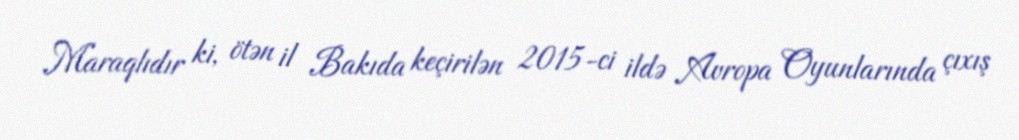
Maraqlıdır ki, ötən il Bakıda keçirilən 2015-ci ildə Avropa Oyunlarında çıxış